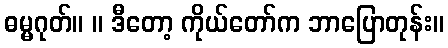
ဓမ္မဂုတ်။ ။ ဒီတော့ ကိုယ်တော်က ဘာပြောတုန်း။